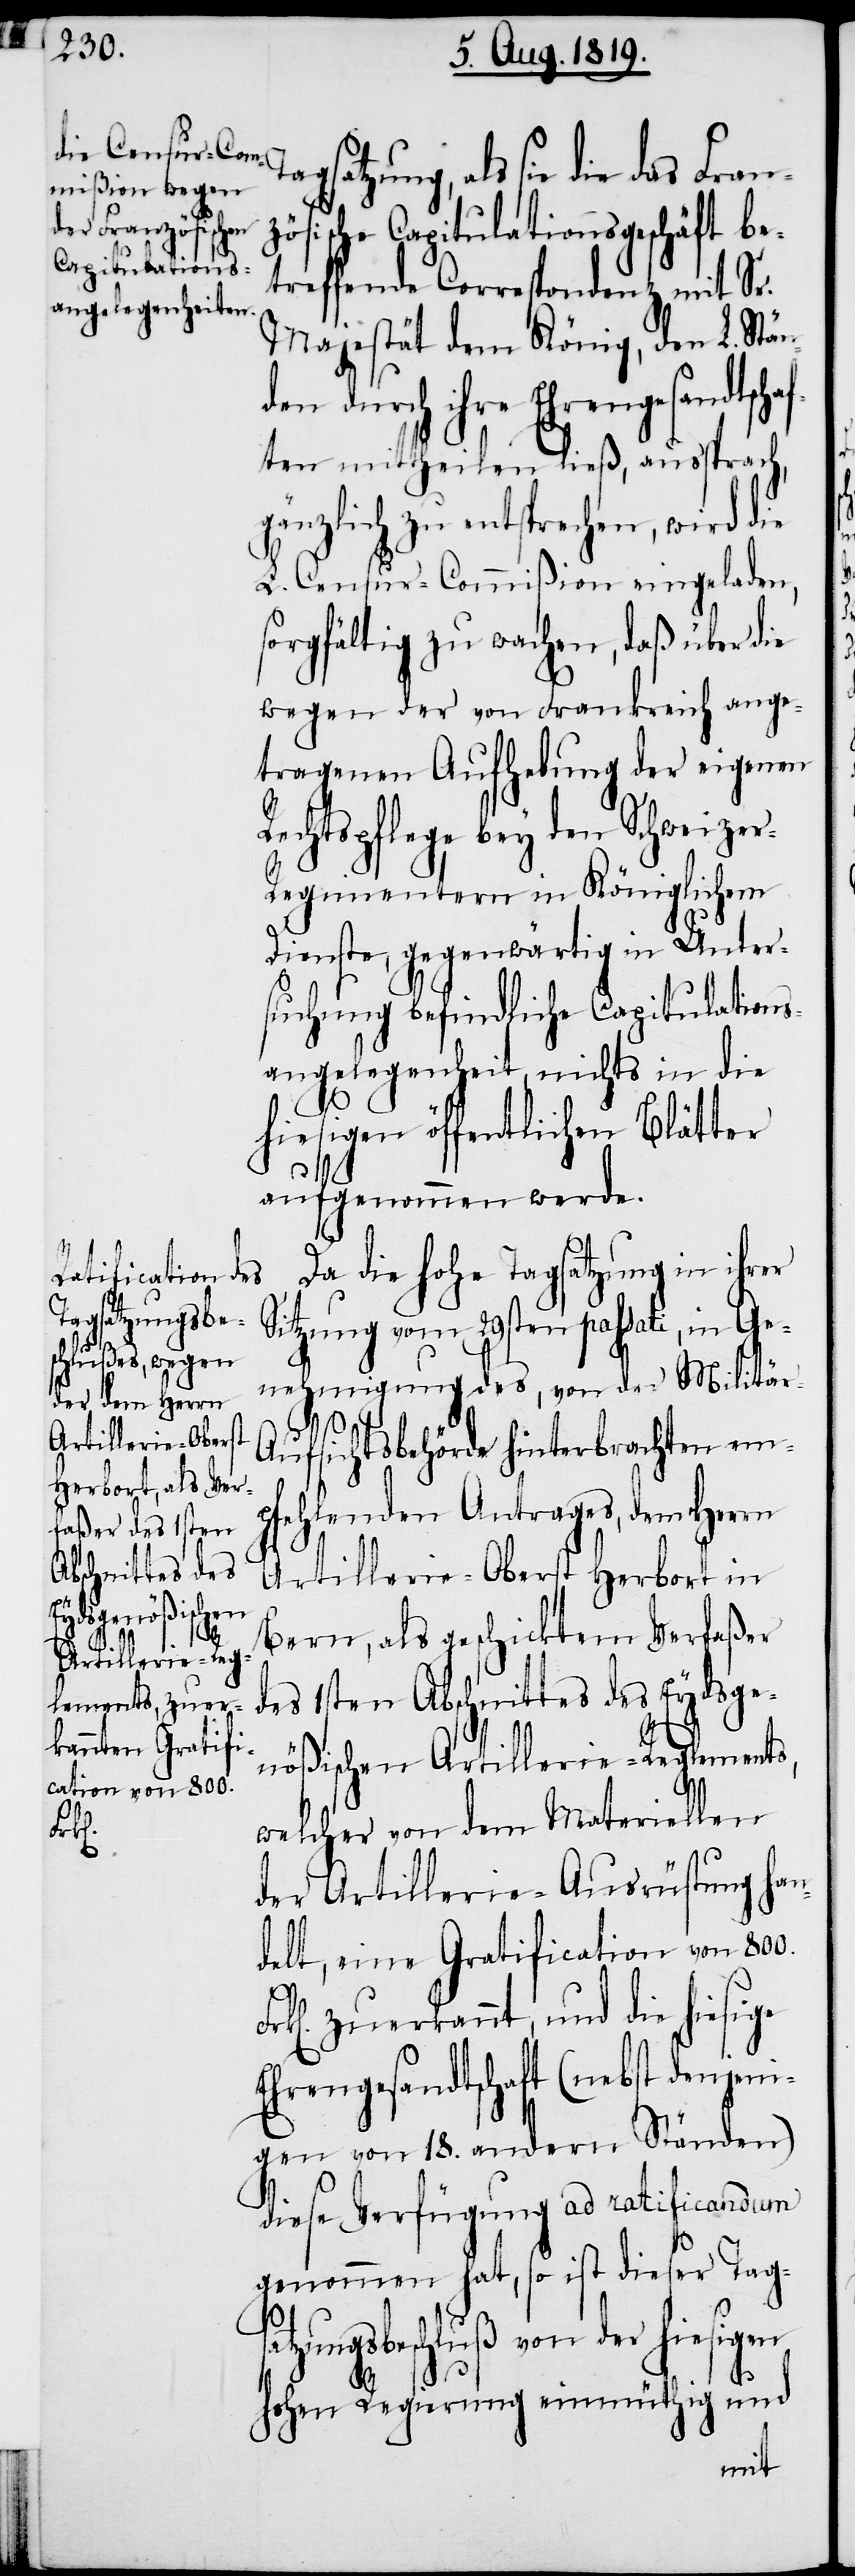
gsatzungsbe¬
T¬
Re¬

agsatzung, als sie die das
zösische Capitualtionsgeschäft be¬
treffende Correspondenz mit Se.
Majestät dem König, den L. Stän¬
den durch ihre Ehrengesandtscha¬
ften mittheilen ließ, aussprach,
gänzlich zu entsprechen, wird die
L. Censur-Commißion eingeladen,
sorgfältig zu wachen, daß über die
wegen der von Frankreich ange¬
tragenen Aufhebung der eigenen
chtspflege bey den Schweize¬
r-Regimentern in Königlichen
Diensten, gegenwärtig in Unter¬
suchung befindliche Capitualtions¬
angelegenheit, nichts in die
hiesigen öffentlichen Blätter
aufgenommen werde.
Da die hohe Tagsatzung in ihrer
Stizung vom 29sten passati, in Ge¬
nehmigung des, von der Militär-A¬
ufsichtsbehörde hinterbrachten em¬
pfehlenden Antrages, dem Herrn
Artillerie-Oberst Herbort in
Bern, als geschicktem Verfaßer
des 1sten Abschnittes des Eydsge¬
nößischen Artillerie-Reglements,
welcher von dem Materiellen
der Artillerie-Ausrüstung han¬
delt, eine Gratification von 800.
zuerkannt, und die hiesige
Ehrengesandtschaft (nebst denjeni¬
gen von 18. andern Ständen)
diese Verfügung ad ratificandum
genommen hat, so ist dieser Ta¬
schluß von der hiesigen
hohen Regierung einmüthig und